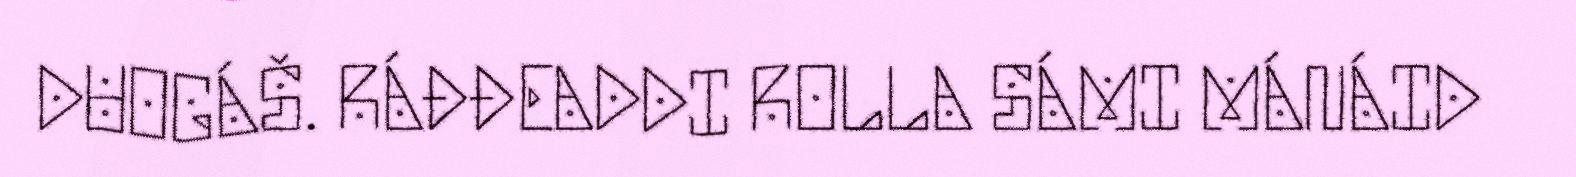
DUOGÁŠ. RÁĐĐEADDI ROLLA SÁMI MÁNÁID